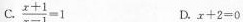
C. $$\frac{x+1}{x-1}=1$$ D.x+2=0